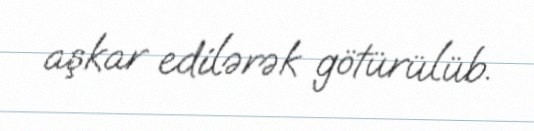
aşkar edilərək götürülüb.